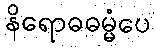
နိရောဓဓမ္မံပေ